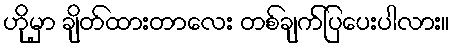
ဟိုမှာ ချိတ်ထားတာလေး တစ်ချက်ပြပေးပါလား။